V__Kingissepa_nim__kolhoos, lk 9
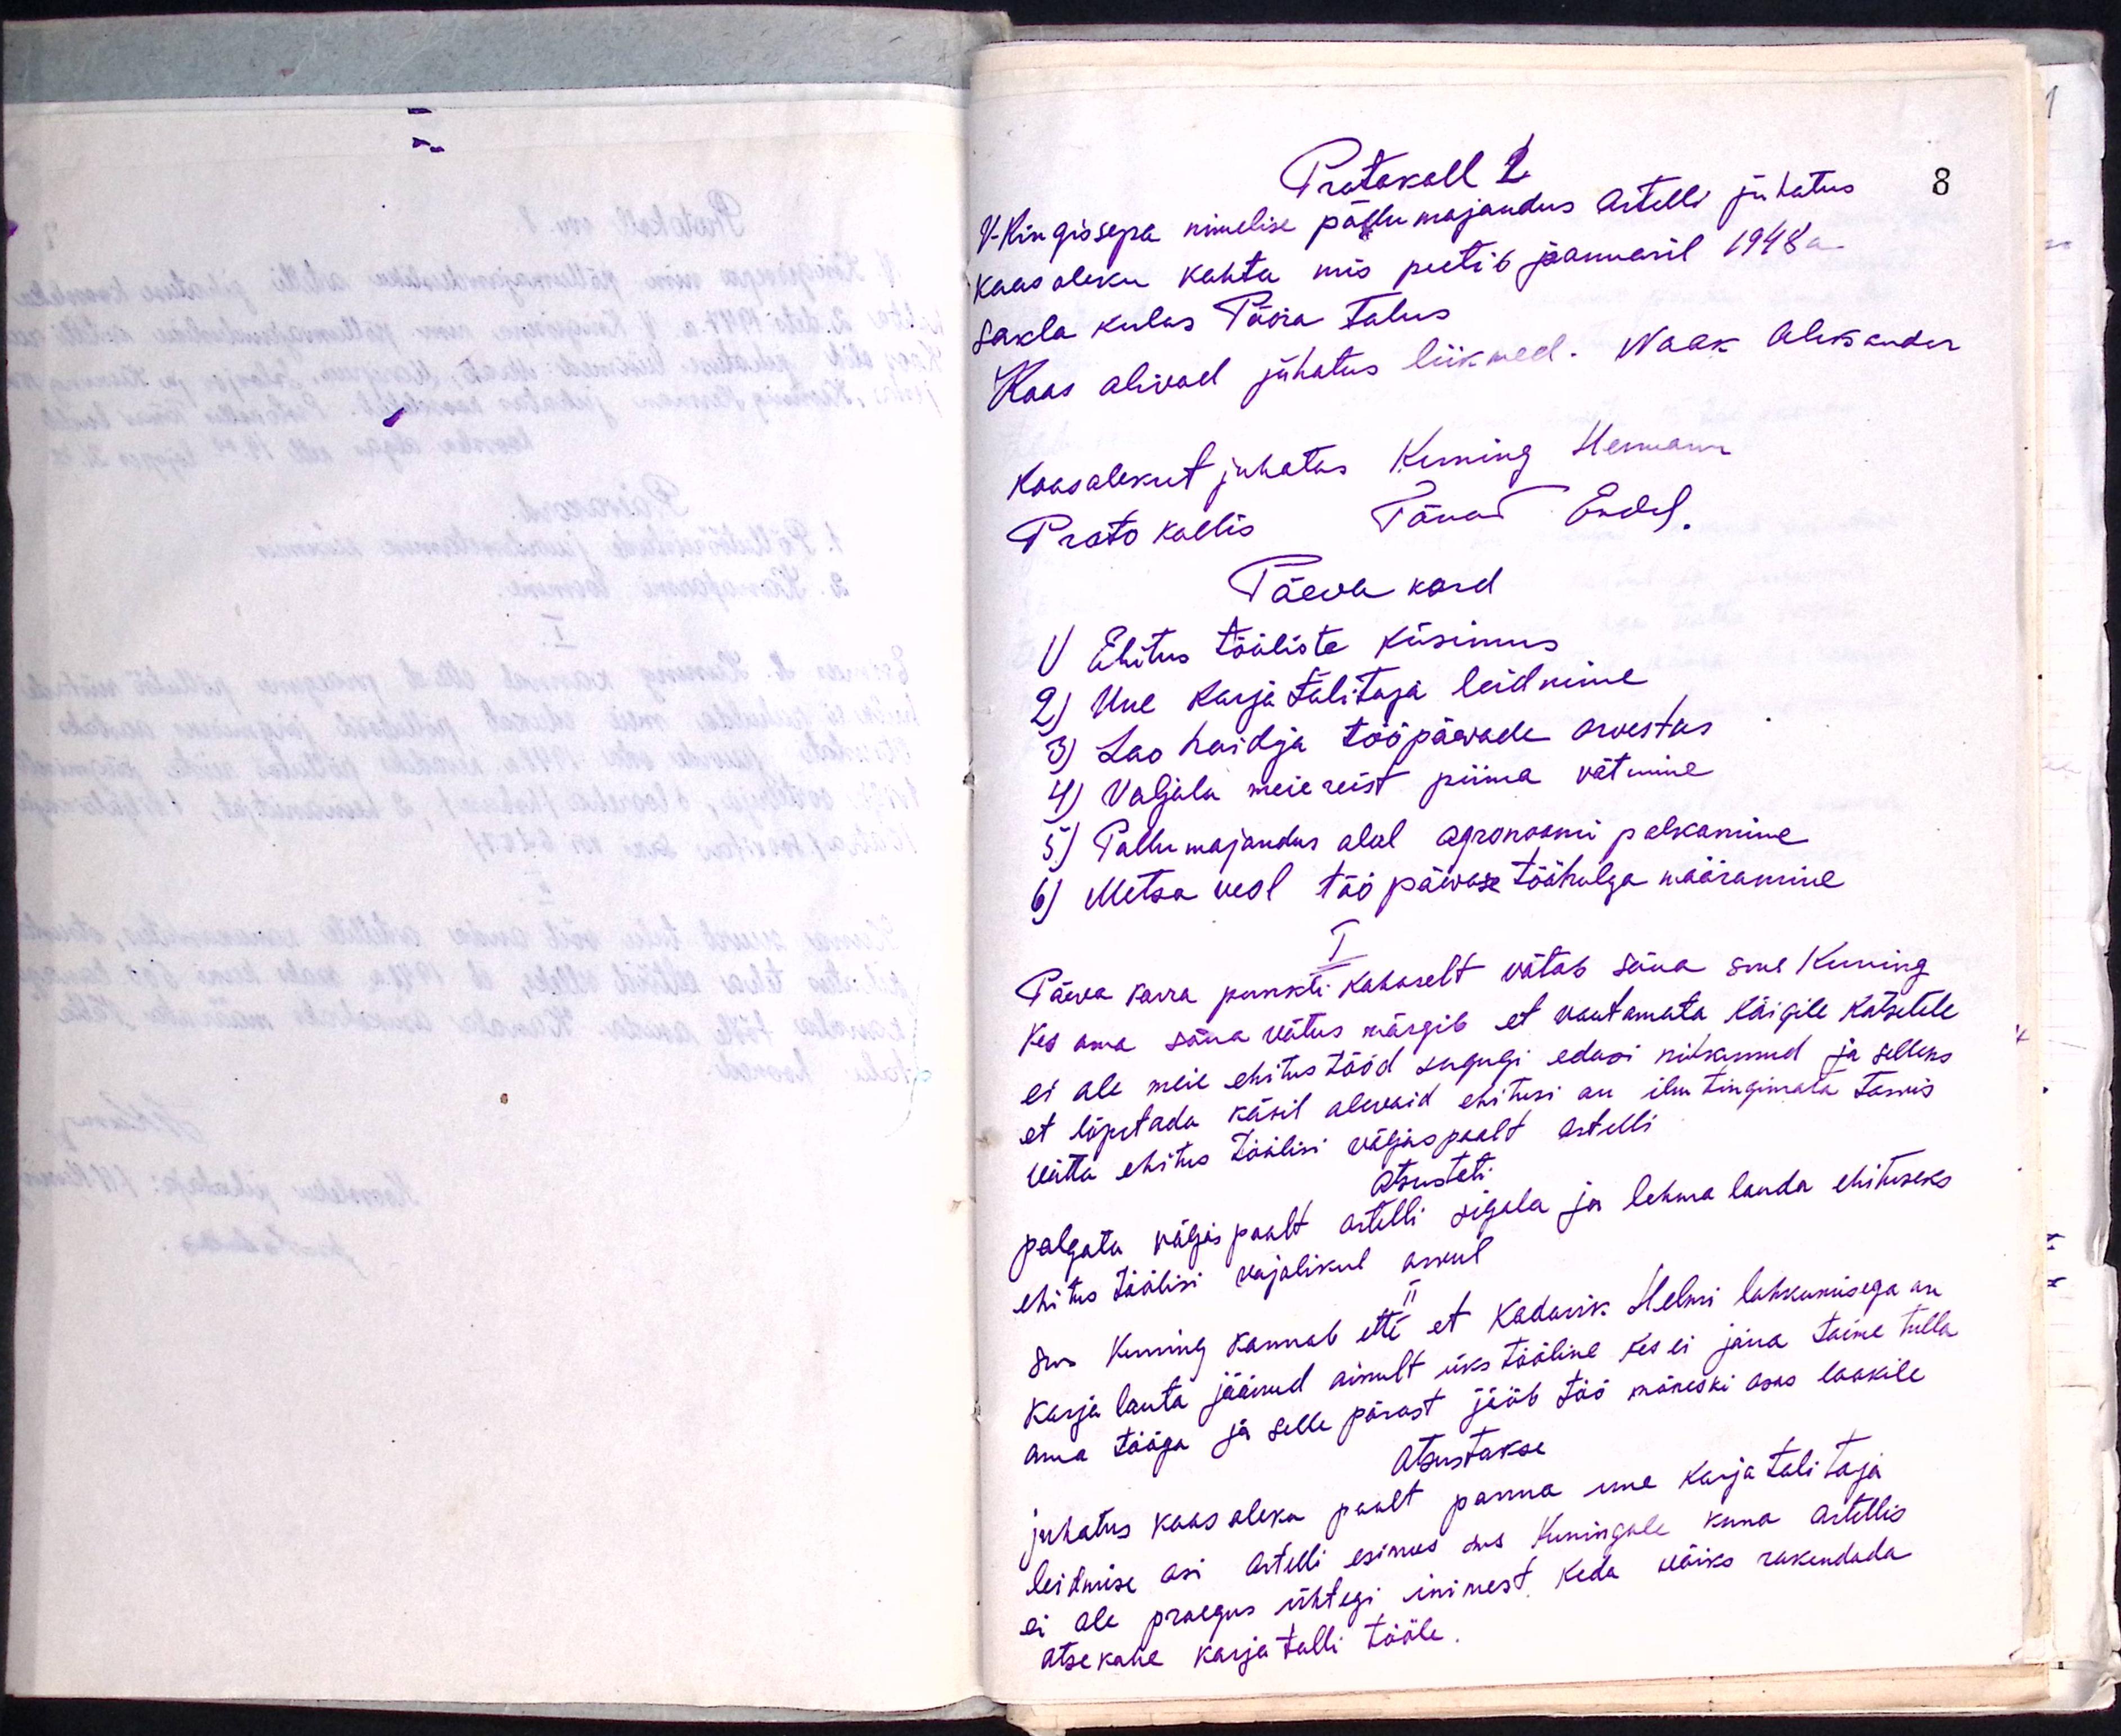
Protokoll 2
V. Kingissepa nimelise põllumajandus Artelli juhatus
koosoleku kohta mis peeti 6 jaanuaril 1948 a.
Sakla kulas Päira Talus,
Koos olivad juhatus liikmed. Naak Alekander
koosolekut juhatas Kuning Hermann
Protokollis Tänav Endel.
Päeva kord
1) Ehitus tööliste küsimus.
2) Uue karja talitaja leidmine
3) Lao hoidja tööpäevade arvestus
4) Valjala meiereist piima võtmine
5) Pollumajandus alal agronoomi palkamine
6) Metsa veol tööpäevase tööhulga määramine
I
Päeva korra punkti kahaselt võtab sõna sms Kuning
kes oma sõna võtus märgib et vaatamata kõigile katsetele
ei ole meie ehitus tööd sugugi edasi nihkunud ja selleks
et lõpetada käsil olevaid ehitusi on ilmtingimata tarwis
võtta ehitus töölisi väljaspoolt artelli
Otsusteti:
palgata väljapoolt artelli sigala ja lehma lauda ehituseks
ehitus töölisi vajalikul arvul.
Sms Kuning kannab ette et kodanik Helmi lahkumisega on
karja lauta jäänud ainult üks tööline kes ei jõua toime tulla
oma tööga ja selle pärast jääb töö mõneski osas laokile
otsustakse
juhatus koosoleku poolt panna uue karjatalitaja
leidmise asi artelli esimees sms Kuningale kuna artellis
ei ole praegus ühtegi inimest keda võiks rakendada
otsekohe karja talli tööle